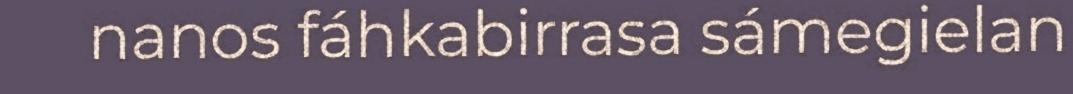
nanos fáhkabirrasa sámegielan